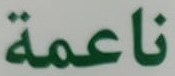
ناعمة